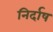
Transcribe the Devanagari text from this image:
निर्दाष